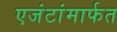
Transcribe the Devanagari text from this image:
एजंटांमार्फत